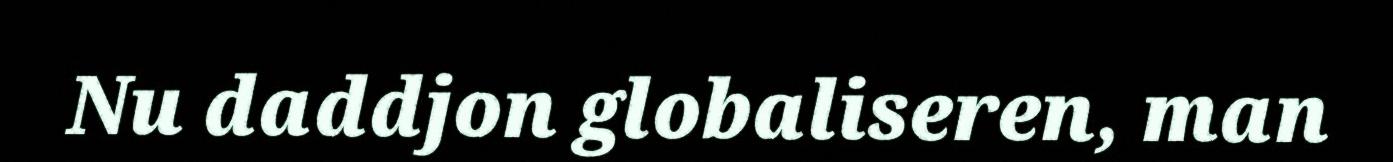
Nu daddjon globaliseren, man